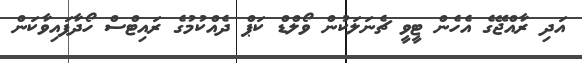
އަދި ރާއްޖޭގެ އެހެން ޓީވީ ޗެނަލަކުން ވޯލްޑް ކަޕް ދެއްކުމުގެ ރައިޓްސް ހޯދާފައިވާކަން